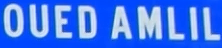
OUEDAMLIL